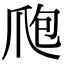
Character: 爮